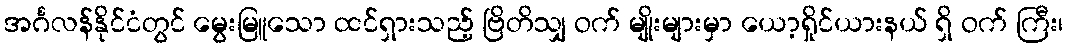
အင်္ဂလန်နိုင်ငံတွင် မွေးမြူသော ထင်ရှားသည့် ဗြိတိသျှ ဝက် မျိုးများမှာ ယော့ရှိုင်ယားနယ် ရှိ ဝက် ကြီး၊